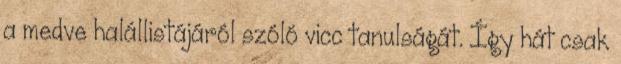
a medve halállistájáról szóló vicc tanulságát. Így hát csak